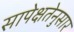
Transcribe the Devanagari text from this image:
सापेक्षतेनुसार